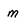
Character: m